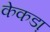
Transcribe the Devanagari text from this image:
केकडा़